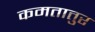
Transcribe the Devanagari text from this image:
कमतातुर